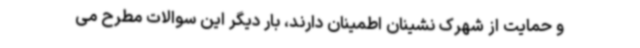
و حمایت از شهرک نشینان اطمینان دارند، بار دیگر این سوالات مطرح می